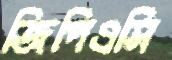
জিপিএসি